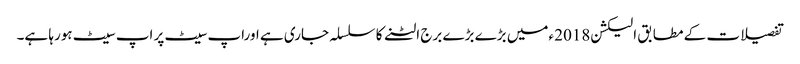
تفصیلات کے مطابق الیکشن2018 ءمیں بڑے بڑے برج الٹنے کا سلسلہ جاری ہے اوراپ سیٹ پر اپ سیٹ ہورہا ہے۔